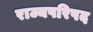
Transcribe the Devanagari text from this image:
राज्यपरिषद